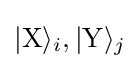
|\mathrm {X} \rangle _{i},|\mathrm {Y} \rangle _{j}